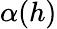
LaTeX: \alpha(h)